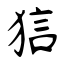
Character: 狺